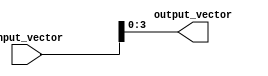
module PartSelectContinuousAssignment (
    input wire [7:0] input_vector, // 8-bit input vector
    output wire [3:0] output_vector // 4-bit output vector
);

// Continuous assignment of bits [3:0] from input_vector
assign output_vector = input_vector[3:0]; // Assigning the lower 4 bits from input_vector

endmodule